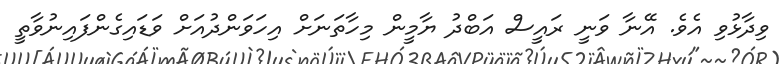
ވިދާޅުވި އެވެ. އޭނާ ވަނީ ރައީސް އަބްދު ޔާމީން މިހާތަނަށް އިހަވަންދުއަށް ވަޑައިގެންފައިނުވާތީ